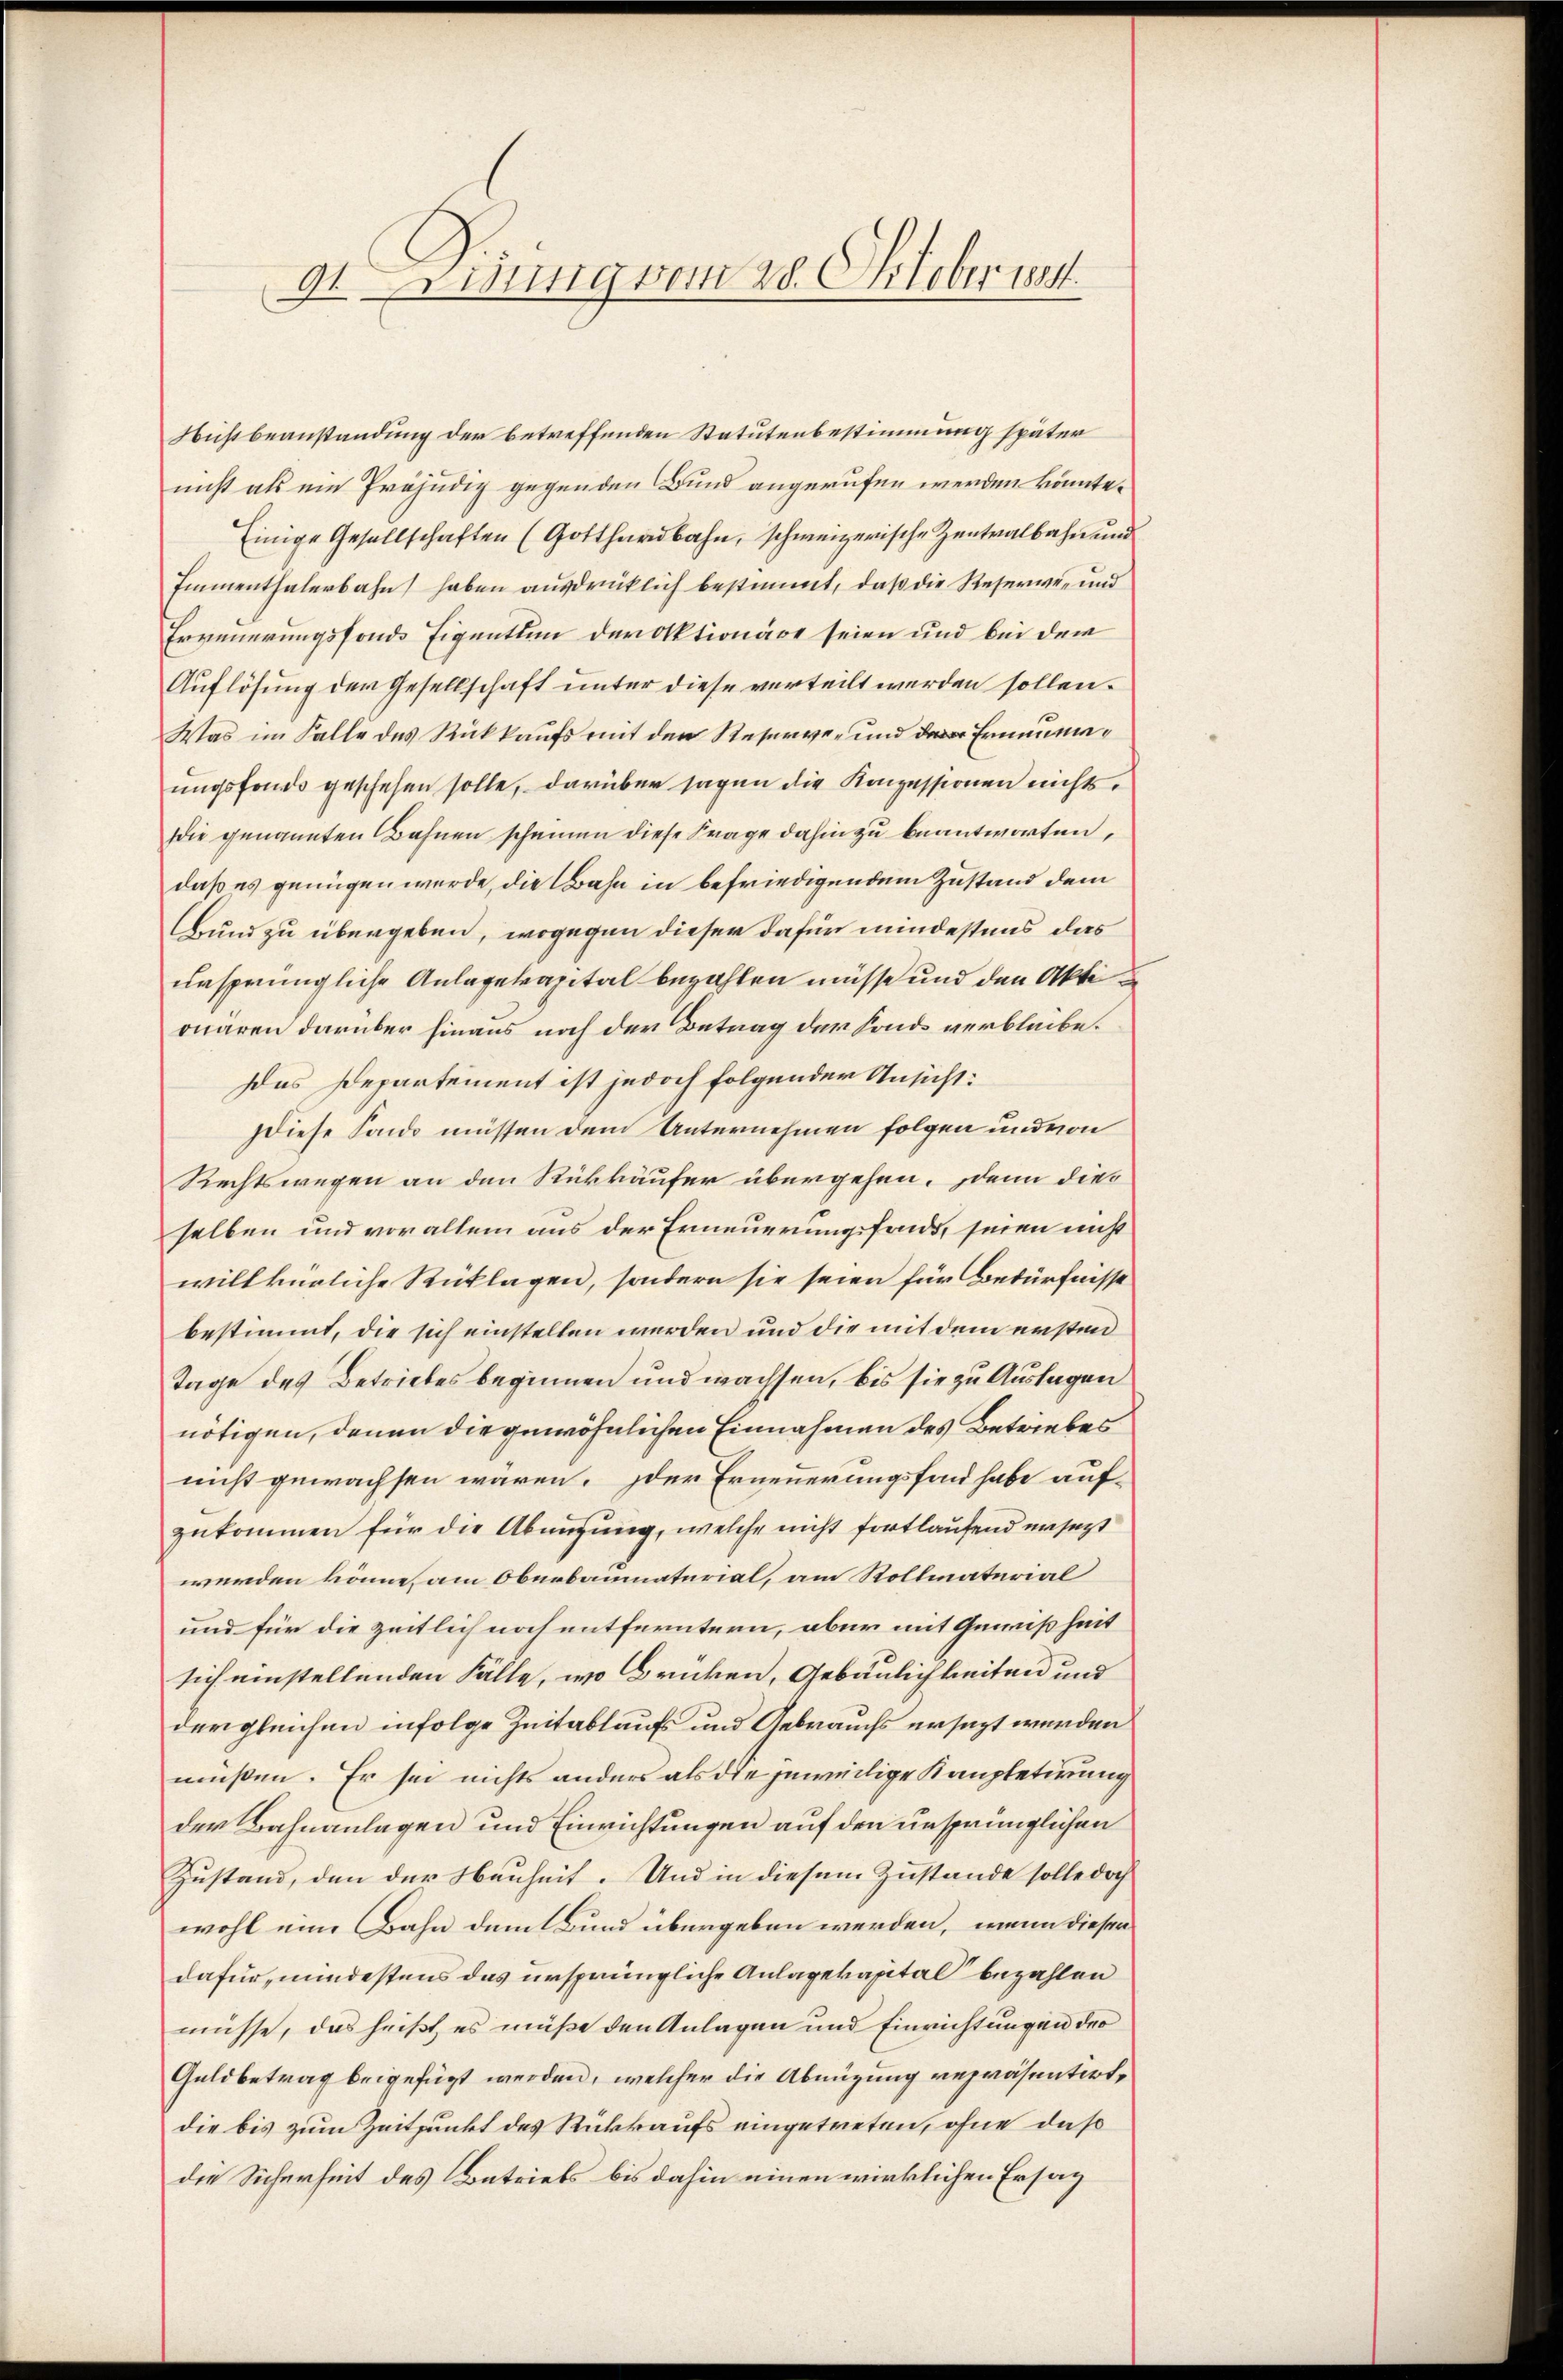
9t Mitung vom 28. Oktober 1881.

Nußbeanstandung der betreffenden Statutenbestimmung später
nicht als ein Präjudiz gegenden Bund angerufen werden könnte.
Einige Gesellschaften (Gotthardbahn, schweizerische Zentralbahn und
Immenthalerbahn haben ausdrücklich bestimmt, daß die Reserwe- und
Erneuerungsfonds Eigenthum der Aktionäre seien und bei dem
Auflösung der Gesellschaft unter diese verteilt werden sollen.
Was im Falle des Rückkaufs mit den Reserver und Ernenungsfonds geschehen solle, darüber sagen die Konzessionen nichts.
Die genannten Bahnen scheinen diese Frage dahin zu beantworten,
daß es genügen werde, die Bahn in befriedigendem Zustand dem
Bund zu übergeben, wogegen dieser dafür mindestens das
ursprüngliche Anlagekapital bezahlen müsse und den Akte
onaren darüber hinaus noch der Betrag der Fonds verbleibe.
Das Departement ist jedoch folgender Ansicht:
diese Fondo müssen dem Unternehmen folgen und von
Rechtswegen an den Rükkäufer übergehen. denn dies
selben und vor allem aus der Erneuerungsfonds, seien nicht
willkürliche Rücklagen, sondern sie seien für Bedürfnisse
bestimmt, die sich einstellen werden und die mit dem ersten
Tage des Betriebes beginnen und wachsen, bis sie zu Auslagen
nötigen, denen die gewöhnlichen Einnahmen des Betriebes
nicht gewachsen wären. Der Erneuerungsfond habe aufzukommen für die Abnügung, welche nicht fortlaufend ersezt
werden könne, am Oberbaumaterial, am Rollmaterial
und für die zeitlich noch entferntern, aber mit Gewißheit
sich einstellenden Fälle, wo Brücken, Gebäulichkeiten und
dergleichen infolge Zeitablaufs und Gebrauchs ersezt werden
müßen. Er sei nichts anders als die jeweilige Kauptetirung
der Bahnanlagen und Einrichtungen auf den unsprünglichen
Zustand, den der Neuheit. Und in diesem Zustande solle doch
wohl eine Bahn damt und übergeben werden, wenn diesen
dafür, mindestens das ursprüngliche Anlagekapital bezahlen
müsse, das heißt, es müße den Anlagen und Einrichtungen der
Geldbetrag beigefügt werden, welcher die Abnüzung repräsentirt,
die bis zum Zeitpunkt des Rückkaufs eingetreten, ohne das
die Sicherheit des Betriebs bis dahin einen wirklichen Ersag